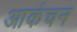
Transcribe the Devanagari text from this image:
आकंचन